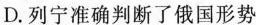
D.列宁准确判断了俄国形势